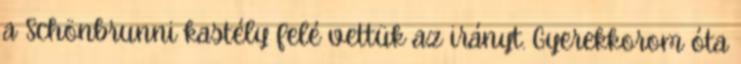
a Schönbrunni kastély felé vettük az irányt. Gyerekkorom óta